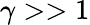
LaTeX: \gamma>>1